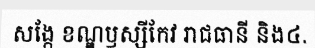
សង្កែ ខណ្ឌឫស្សីកែវ រាជធានី និង៤.